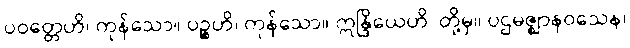
ပဝတ္တေဟိ၊ ကုန်သော။ ပဉ္စဟိ၊ ကုန်သော။ ဣန္ဒြိယေဟိ၊ တို့မှ။ ပဌမဇ္ဈာနဝသေန၊